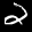
Label: 2